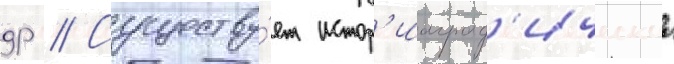
др // Существу́ет истор'иограф'ическаа